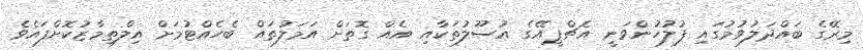
މިރޭގެ ބައްދަލުވުމުގައި ފުލުހުންވަނީ އެޗްޕީއޭގެ އުސޫލުތަކާއި އެއް ގޮތަށް އަމަލުތައް ބެހެއްޓުމަށް އިލްތިމާޒުކޮށްފައެވެ